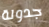
جدولة